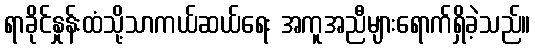
ရာခိုင်နှုန်းထံသို့သာကယ်ဆယ်ရေး အကူအညီများရောက်ရှိခဲ့သည်။